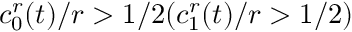
c _ { 0 } ^ { r } ( t ) / r > 1 / 2 ( c _ { 1 } ^ { r } ( t ) / r > 1 / 2 )